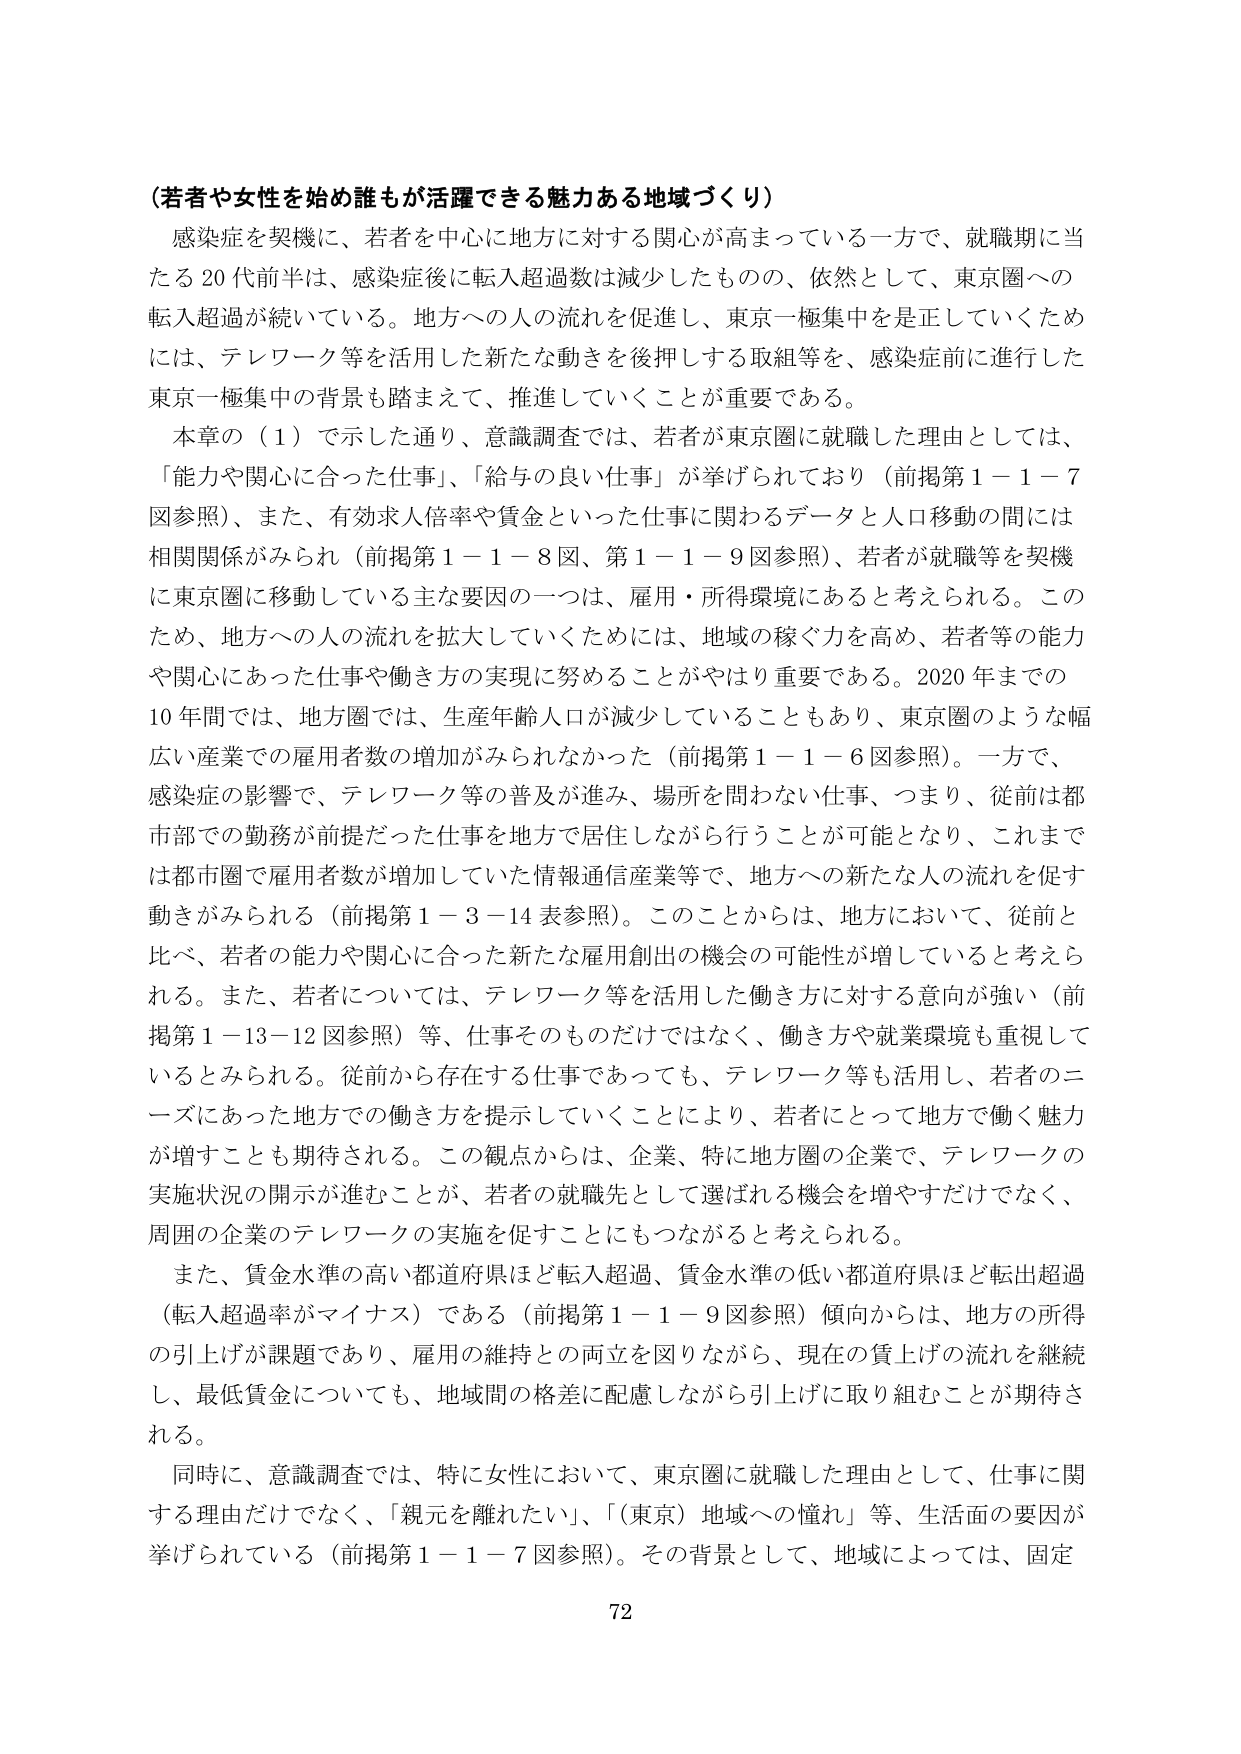
（若者や女性を始め誰もが活躍できる魅力ある地域づくり）

感染症を契機に、若者を中心に地方に対する関心が高まっている一方で、就職期に当たる20代前半は、感染症後に転入超過数は減少したものの、依然として、東京圏への転入超過が続いている。地方への人の流れを促進し、東京一極集中を是正していくためには、テレワーク等を活用した新たな動きを後押しする取組等を、感染症前に進行した東京一極集中の背景も踏まえて、推進していくことが重要である。

本章の（1）で示した通り、意識調査では、若者が東京圏に就職した理由としては、「能力や関心に合った仕事」、「給与の良い仕事」が挙げられており（前掲第1－1－7図参照）、また、有効求人倍率や賃金といった仕事に関わるデータと人口移動の間には相関関係がみられ（前掲第1－1－8図、第1－1－9図参照）、若者が就職等を契機に東京圏に移動している主な要因の一つは、雇用・所得環境にあると考えられる。このため、地方への人の流れを拡大していくためには、地域の稼ぐ力を高め、若者等の能力や関心にあった仕事や働き方の実現に努めることがやはり重要である。2020年までの10年間では、地方圏では、生産年齢人口が減少していることもあり、東京圏のような幅広い産業での雇用者数の増加がみられなかった（前掲第1－1－6図参照）。一方で、感染症の影響で、テレワーク等の普及が進み、場所を問わない仕事、つまり、従前は都市部での勤務が前提だった仕事を地方で居住しながら行うことが可能となり、これまで都市圏で雇用者数が増加していた情報通信産業等で、地方への新たな人の流れを促す動きがみられる（前掲第1－3－14表参照）。このことから、地方において、従前と比べ、若者の能力や関心に合った新たな雇用創出の機会の可能性が増していると考えられる。また、若者については、テレワーク等を活用した働き方に対する意向が強い（前掲第1－13－12図参照）等、仕事そのものだけではなく、働き方や就業環境も重視しているとみられる。従前から存在する仕事であっても、テレワーク等も活用し、若者のニーズにあった地方での働き方を提示していくことにより、若者にとって地方で働く魅力が増すことも期待される。この観点からは、企業、特に地方圏の企業で、テレワークの実施状況の開示が進むことが、若者の就職先として選ばれる機会を増やすだけでなく、周囲の企業のテレワークの実施を促すことにもつながると考えられる。

また、賃金水準の高い都道府県ほど転入超過、賃金水準の低い都道府県ほど転出超過（転入超過率がマイナス）である（前掲第1－1－9図参照）傾向からは、地方の所得の引上げが課題であり、雇用の維持との両立を図りながら、現在の賃上げの流れを継続し、最低賃金についても、地域間の格差に配慮しながら引上げに取り組むことが期待される。

同時に、意識調査では、特に女性において、東京圏に就職した理由として、仕事に関する理由だけでなく、「親元を離れたい」、「（東京）地域への憧れ」等、生活面の要因が挙げられている（前掲第1－1－7図参照）。その背景として、地域によっては、固定

72